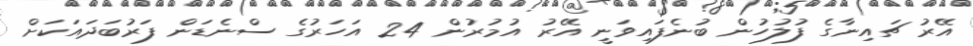
އޭރު ޗައިނާގެ ފުލުހުން ބުނެފައިވަނީ އޭރު އުމުރުން 24 އަހަރުގެ ސްނެޑަން ފަރުބަދައަކަށް